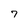
Character: 7